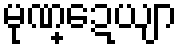
မုဏ္ဍေယျာ